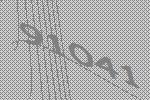
91041